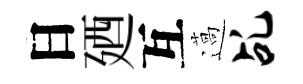
日廼互薖乩